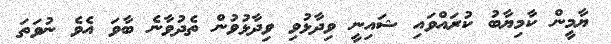
ޔާމީން ކާމިޔާބު ކުރައްވައި ޝައިނީ ވިދާޅުވި ވިދާޅުވުން ތެދުވާނެ ބާވަ އެވެ ނުވަތަ